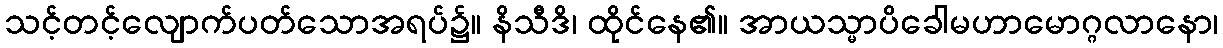
သင့်တင့်လျောက်ပတ်သောအရပ်၌။ နိသီဒိ၊ ထိုင်နေ၏။ အာယသ္မာပိခေါမဟာမောဂ္ဂလာနော၊